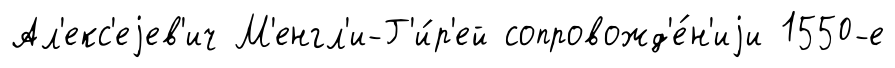
Ал'екс'еjев'ич М'енгл'и-Г'и́р'ей сопровожд'е́н'иjи 1550-е